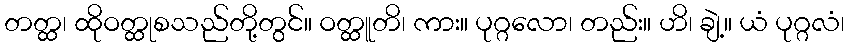
တတ္ထ၊ ထိုဝတ္ထုစသည်တို့တွင်။ ဝတ္ထူတိ၊ ကား။ ပုဂ္ဂလော၊ တည်း။ ဟိ၊ ချဲ့။ ယံ ပုဂ္ဂလံ၊